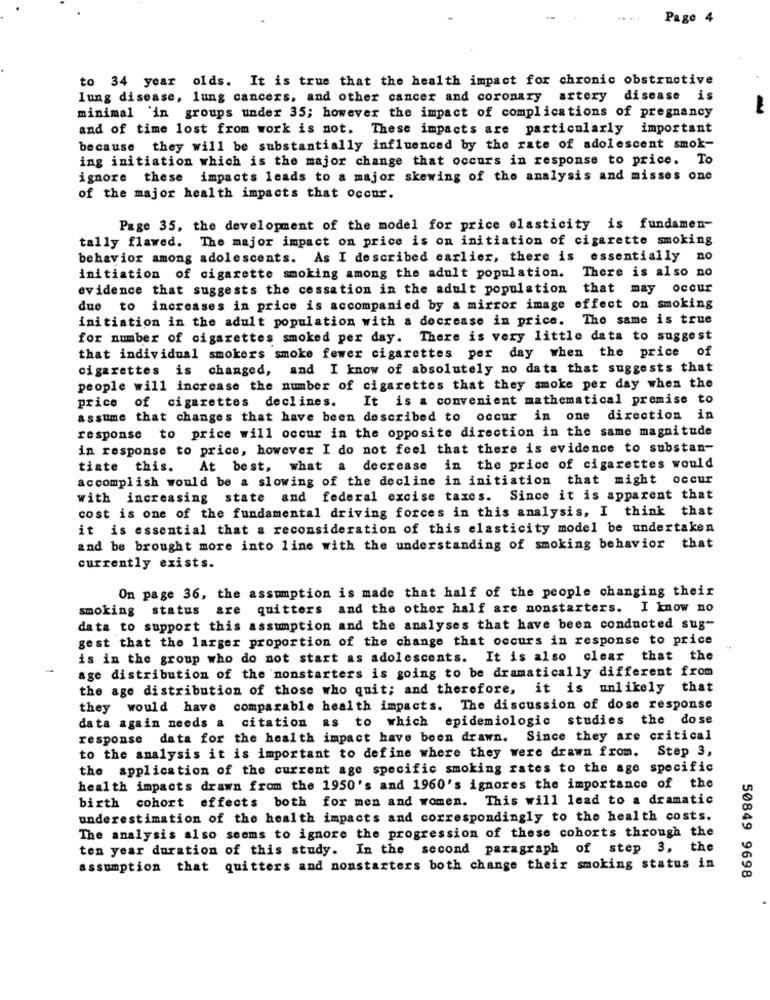
....
Page 4
to 34 year olds. It is true that the health impact for chronic obstructive
lung disease, lung cancers, and other cancer and coronary artery disease is
minimal 'in groups under 35; however the impact of complications of pregnancy
and of time lost from work is not. These impacts are particularly important
because they will be substantially influenced by the rate of adolescent smok-
ing initiation which is the major change that occurs in response to price. To
ignore these
impacts leads to a major skewing of the analysis and misses one
of the major health impacts that occur.
Page 35, the development of the model for price elasticity is fundamen-
tally flawed. The major impact on price is on initiation of cigarette smoking
behavior among adolescents. As I described earlier, there is essentially no
initiation of cigarette smoking among the adult population. There is also no
evidence that suggests the cessation in the adult population that may occur
due to increases in price is accompanied by a mirror image effect on smoking
initiation in the adult population with a decrease in price. The same is true
for number of cigarettes smoked per day. There is very little data to suggest
that individual smokers smoke fewer cigarettes per day when the price of
cigarettes is changed, and I know of absolutely no data that suggests that
people will increase the number of cigarettes that they smoke per day when the
It is a convenient mathematical premise to
price of cigarettes declines.
assume that changes that have been described to occur in one direction in
response to price will occur in the opposite direction in the same magnitude
in response to price, however I do not feel that there is evidence to substan-
tiate this. At best, what a decrease in the price of cigarettes would
accomplish would be a slowing of the decline in initiation that might occur
with increasing state and federal excise taxes. Since it is apparent that
cost is one of the fundamental driving forces in this analysis, I think that
it is essential that a reconsideration of this elasticity model be undertaken
and be brought more into line with the understanding of smoking behavior that
currently exists.
On page 36, the assumption is made that half of the people changing their
smoking status are quitters and the other half are nonstarters. I know no
data to support this assumption and the analyses that have been conducted sug-
gest that the larger proportion of the change that occurs in response to price
is in the group who do not start as adolescents. It is also clear that the
age distribution of the nonstarters is going to be dramatically different from
the age distribution of those who quit; and therefore, it is unlikely that
they would have comparable health impacts. The discussion of dose response
data again needs a citation as to which epidemiologic studies the dose
response data for the health impact have been drawn. Since they are critical
to the analysis it is important to define where they were drawn from. Step 3,
the application of the current age specific smoking rates to the age specific
health impacts drawn from the 1950's and 1960's ignores the importance of the
birth cohort effects both for men and women. This will lead to a dramatic
underestimation of the health impacts and correspondingly to the health costs.
The analysis also seems to ignore the progression of these cohorts through the
ten year duration of this study. In the second paragraph of step 3, the
assumption that quitters and nonstarters both change their smoking status in
50849 9698